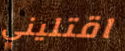
اقتليني